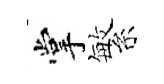
掌繁